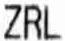
ZRL